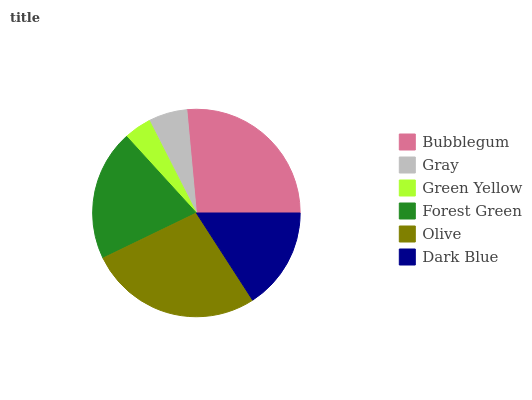
| Bubblegum | Gray | Green Yellow | Forest Green | Olive | Dark Blue |
 | --- | --- | --- | --- | --- | --- |
 | 26.4% | 6.04% | 4.29% | 20.4% | 26.9% | 15.9% |